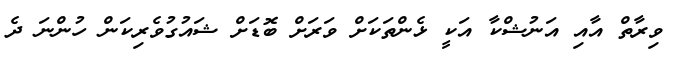
ވިރާތް އާއި އަނުޝްކާ އަކީ ޅެންތަކަށް ވަރަށް ބޮޑަށް ޝައުގުވެރިކަން ހުންނަ ދެ